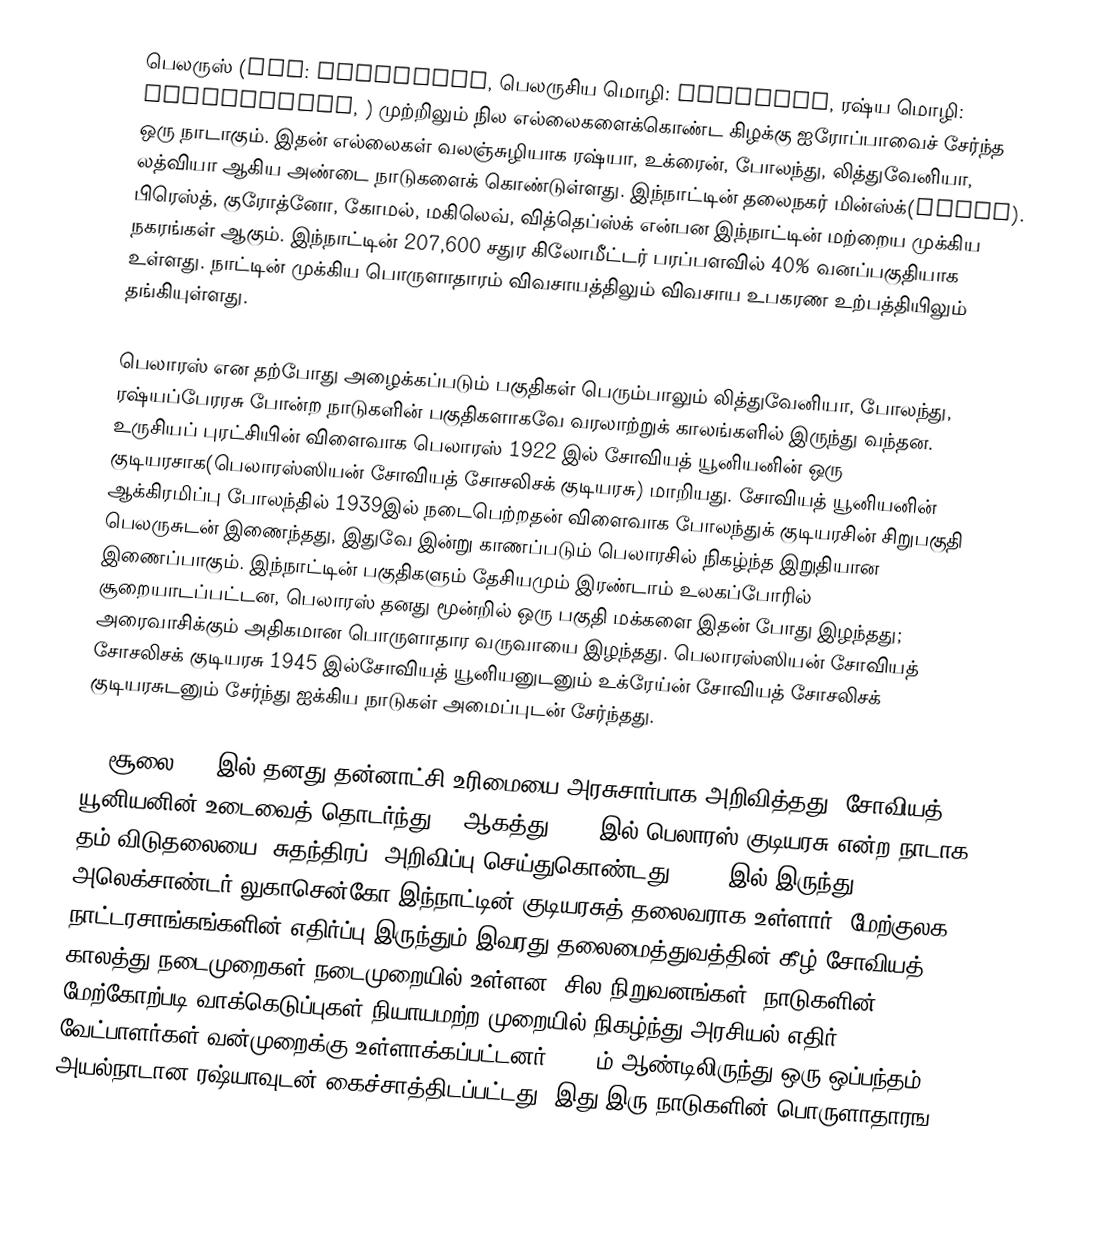
பெலருஸ் (IPA: ˈbɛləruːs, பெலருசிய மொழி: Беларусь, ரஷ்ய மொழி: Белору́ссия, ) முற்றிலும் நில எல்லைகளைக்கொண்ட கிழக்கு ஐரோப்பாவைச் சேர்ந்த ஒரு நாடாகும். இதன் எல்லைகள் வலஞ்சுழியாக ரஷ்யா, உக்ரைன், போலந்து, லித்துவேனியா, லத்வியா ஆகிய அண்டை நாடுகளைக் கொண்டுள்ளது. இந்நாட்டின் தலைநகர் மின்ஸ்க்(Minsk). பிரெஸ்த், குரோத்னோ, கோமல், மகிலெவ், வித்தெப்ஸ்க் என்பன இந்நாட்டின் மற்றைய முக்கிய நகரங்கள் ஆகும். இந்நாட்டின் 207,600 சதுர கிலோமீட்டர் பரப்பளவில் 40% வனப்பகுதியாக உள்ளது. நாட்டின் முக்கிய பொருளாதாரம் விவசாயத்திலும் விவசாய உபகரண உற்பத்தியிலும் தங்கியுள்ளது.

பெலாரஸ் என தற்போது அழைக்கப்படும் பகுதிகள் பெரும்பாலும் லித்துவேனியா, போலந்து, ரஷ்யப்பேரரசு போன்ற நாடுகளின் பகுதிகளாகவே வரலாற்றுக் காலங்களில் இருந்து வந்தன. உருசியப் புரட்சியின் விளைவாக பெலாரஸ் 1922 இல் சோவியத் யூனியனின் ஒரு குடியரசாக(பெலாரஸ்ஸியன் சோவியத் சோசலிசக் குடியரசு) மாறியது. சோவியத் யூனியனின் ஆக்கிரமிப்பு போலந்தில் 1939இல் நடைபெற்றதன் விளைவாக போலந்துக் குடியரசின் சிறுபகுதி பெலருசுடன் இணைந்தது, இதுவே இன்று காணப்படும் பெலாரசில் நிகழ்ந்த இறுதியான இணைப்பாகும். இந்நாட்டின் பகுதிகளும் தேசியமும் இரண்டாம் உலகப்போரில் சூறையாடப்பட்டன, பெலாரஸ் தனது மூன்றில் ஒரு பகுதி மக்களை இதன் போது இழந்தது; அரைவாசிக்கும் அதிகமான பொருளாதார வருவாயை இழந்தது. பெலாரஸ்ஸியன் சோவியத் சோசலிசக் குடியரசு 1945 இல்சோவியத் யூனியனுடனும் உக்ரேய்ன் சோவியத் சோசலிசக் குடியரசுடனும் சேர்ந்து ஐக்கிய நாடுகள் அமைப்புடன் சேர்ந்தது.

27 சூலை1990 இல் தனது தன்னாட்சி உரிமையை அரசுசார்பாக அறிவித்தது. சோவியத் யூனியனின் உடைவைத் தொடர்ந்து 25 ஆகத்து 1991 இல் பெலாரஸ் குடியரசு என்ற நாடாக தம் விடுதலையை (சுதந்திரப்) அறிவிப்பு செய்துகொண்டது. 1994 இல் இருந்து அலெக்சாண்டர் லுகாசென்கோ இந்நாட்டின் குடியரசுத் தலைவராக உள்ளார். மேற்குலக நாட்டரசாங்கங்களின் எதிர்ப்பு இருந்தும் இவரது தலைமைத்துவத்தின் கீழ் சோவியத் காலத்து நடைமுறைகள் நடைமுறையில் உள்ளன. சில நிறுவனங்கள், நாடுகளின் மேற்கோற்படி வாக்கெடுப்புகள் நியாயமற்ற முறையில் நிகழ்ந்து அரசியல் எதிர் வேட்பாளர்கள் வன்முறைக்கு உள்ளாக்கப்பட்டனர். 2000ம் ஆண்டிலிருந்து ஒரு ஒப்பந்தம் அயல்நாடான ரஷ்யாவுடன் கைச்சாத்திடப்பட்டது, இது இரு நாடுகளின் பொருளாதாரங